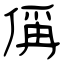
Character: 偁